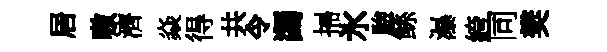
居嗷濟焱得共令蠲掃氷驗鲧瀑絝同樊